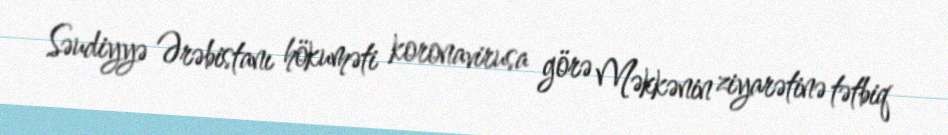
Səudiyyə Ərəbistanı hökuməti koronavirusa görə Məkkənin ziyarətinə tətbiq